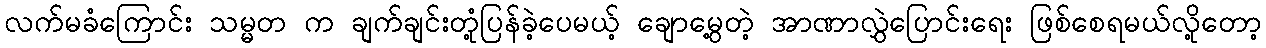
လက်မခံကြောင်း သမ္မတ က ချက်ချင်းတုံ့ပြန်ခဲ့ပေမယ့် ချောမွေ့တဲ့ အာဏာလွှဲပြောင်းရေး ဖြစ်စေရမယ်လို့တော့